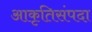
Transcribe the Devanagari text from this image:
आकृतिसंपदा